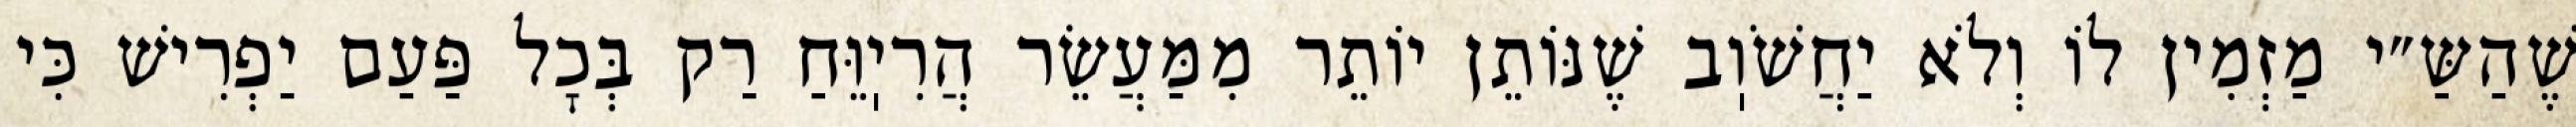
שֶׁהַשַּ״י מַזְמִין לוֹ וְלֹא יַחֲשֹׁוֽב שֶׁנּוֹתֵן יוֹתֵר מִמַּעֲשֵׂר הֲרִיֽוֵּחַ רַק בְּכׇל פַּעַם יַפְרִישׁ כִּי